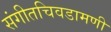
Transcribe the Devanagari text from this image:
संगीतचिवडामणी